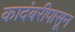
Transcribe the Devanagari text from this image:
कादंबरीपासून